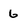
Character: 6